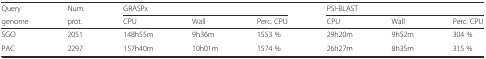
<table><thead><tr><td><b>Query</b></td><td><b>Num.</b></td><td colspan="3"><b>GRASPx</b></td><td colspan="3"><b>PSI-BLAST</b></td></tr><tr><td><b>genome</b></td><td><b>prot.</b></td><td><b>CPU</b></td><td><b>Wall</b></td><td><b>Perc. CPU</b></td><td><b>CPU</b></td><td><b>Wall</b></td><td><b>Perc. CPU</b></td></tr></thead><tbody><tr><td>SGO</td><td>2051</td><td>148h55m</td><td>9h36m</td><td>1553 %</td><td>29h20m</td><td>9h52m</td><td>304 %</td></tr><tr><td>PAC</td><td>2297</td><td>157h40m</td><td>10h01m</td><td>1574 %</td><td>26h27m</td><td>8h35m</td><td>315 %</td></tr></tbody></table>